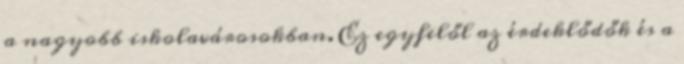
a nagyobb iskolavárosokban. Ez egyfelől az érdeklődők és a